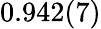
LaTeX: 0.942(7)